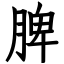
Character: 脾